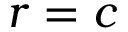
r = c